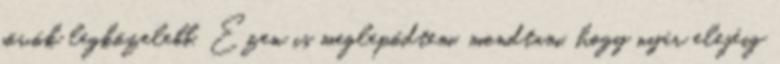
jövök legközelebb. Ezen is meglepődtem, mondtam, hogy nyár elejéig